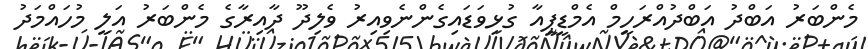
މެންބަރު އަބްދު އަބްދުއްރަހީމް އެމްޑީޕީއާ ގުޅިވަޑައިގެންނެވިއިރު ވެލިދޫ ދާއިރާގެ މެންބަރު އަލީ މުހައްމަދު